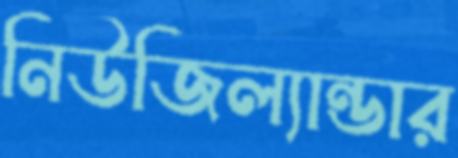
নিউজিল্যান্ডার